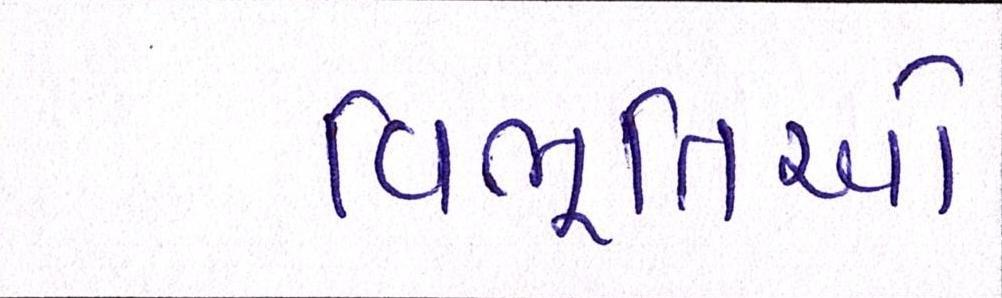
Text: વિભૂતિઓ